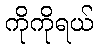
ကိုကိုရယ်